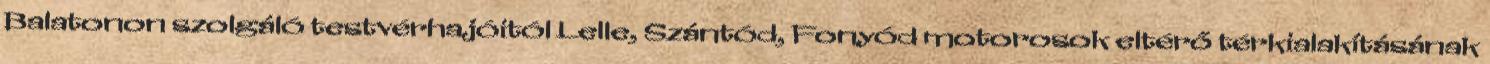
Balatonon szolgáló testvérhajóitól Lelle, Szántód, Fonyód motorosok eltérő térkialakításának